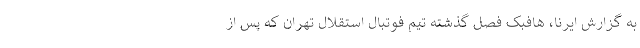
به گزارش ایرنا، هافبک فصل گذشته تیم فوتبال استقلال تهران که پس از